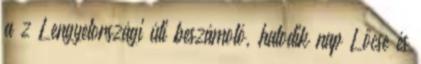
a z Lengyelországi úti beszámoló, hatodik nap Lőcse és